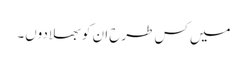
میں کس طرح ان کو بھلادوں۔